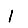
Digit: 1